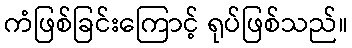
ကံဖြစ်ခြင်းကြောင့် ရုပ်ဖြစ်သည်။